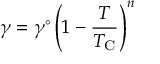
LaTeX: \gamma = \gamma ^ { \circ } \left( 1 - { \frac { T } { T _ { \mathrm { C } } } } \right) ^ { n }